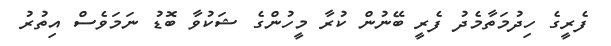
ފެރީގެ ހިދުމަތާމެދު ފެރީ ބޭނުން ކުރާ މީހުންގެ ޝަކުވާ ބޮޑު ނަމަވެސް އިތުރު